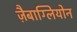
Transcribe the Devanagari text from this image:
ज़ैबाग्लियोन